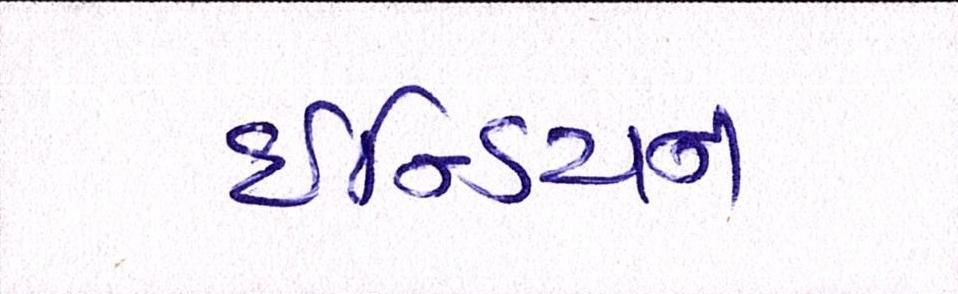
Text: ઇન્ડિયન